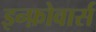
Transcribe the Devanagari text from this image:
इन्फ़ोवार्स